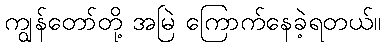
ကျွန်တော်တို့ အမြဲ ကြောက်နေခဲ့ရတယ်။